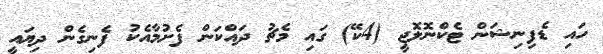
ހައި ޑެފިނިޝަން ޓެކްނޮލޮޖީ (4ކޭ) ގައި މެޗު ދައްކަން ފެށުމާއެކު ފެނިގެން ދިޔައީ